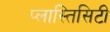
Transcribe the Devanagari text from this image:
प्लास्तिसिटी